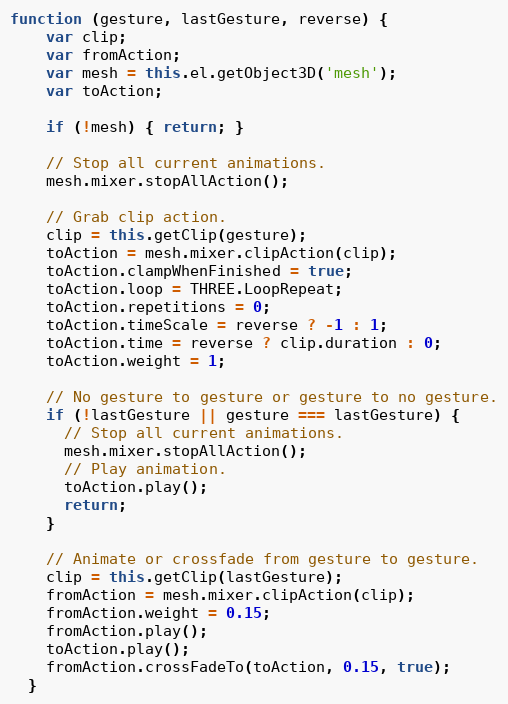
Language: JavaScript
function (gesture, lastGesture, reverse) {
    var clip;
    var fromAction;
    var mesh = this.el.getObject3D('mesh');
    var toAction;

    if (!mesh) { return; }

    // Stop all current animations.
    mesh.mixer.stopAllAction();

    // Grab clip action.
    clip = this.getClip(gesture);
    toAction = mesh.mixer.clipAction(clip);
    toAction.clampWhenFinished = true;
    toAction.loop = THREE.LoopRepeat;
    toAction.repetitions = 0;
    toAction.timeScale = reverse ? -1 : 1;
    toAction.time = reverse ? clip.duration : 0;
    toAction.weight = 1;

    // No gesture to gesture or gesture to no gesture.
    if (!lastGesture || gesture === lastGesture) {
      // Stop all current animations.
      mesh.mixer.stopAllAction();
      // Play animation.
      toAction.play();
      return;
    }

    // Animate or crossfade from gesture to gesture.
    clip = this.getClip(lastGesture);
    fromAction = mesh.mixer.clipAction(clip);
    fromAction.weight = 0.15;
    fromAction.play();
    toAction.play();
    fromAction.crossFadeTo(toAction, 0.15, true);
  }